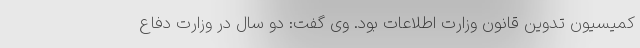
کمیسیون تدوین قانون وزارت اطلاعات بود. وی گفت: دو سال در وزارت دفاع